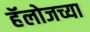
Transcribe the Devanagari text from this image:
हॅलोजच्या